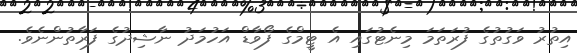
އިތުރު ވަގުތުގެ ފުރަތަމަ މިނެޓުގައި އެ ޓީމްގެ ފޯވާޑް އަހުމަދު ނާޝިދުގެ ފަރާތުންނެވެ.